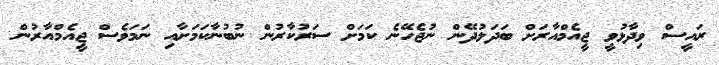
ރައީސް ވިދާޅުވީ ޖީއެމްއާރަށް ބަދަލުދޭން ނުޖެހޭނެ ކަމަށް ސަރުކާރުން ނުބުނާކަމަށާއި ނަމަވެސް ޖީއެމްއާރުން